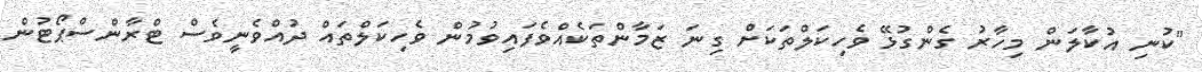
"ކުނި އުކާލަން މިހާރު ގެންގުޅޭ ވެހިކަލްތަކަށް ގިނަ ޒަމާންތަކެއްވެފައިވުމުން ވެހިކަލްތައް ދުއްވެނީވެސް ޓްރާންސްޕޯޓުން